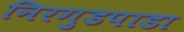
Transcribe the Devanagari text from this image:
निरगुडपाडा